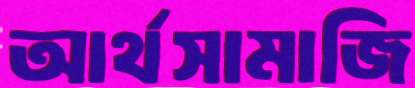
আর্থসামাজি